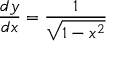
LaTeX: { \frac { d y } { d x } } = { \frac { 1 } { \sqrt { 1 - x ^ { 2 } } } }